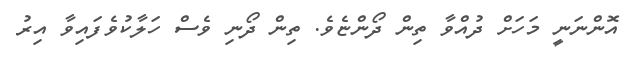
އޮންނަނީ މަހަށް ދުއްވާ ތިން ދޯންޏެވެ. ތިން ދޯނި ވެސް ހަލާކުވެފައިވާ އިރު